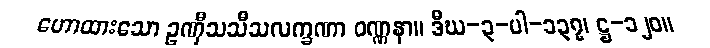
ဟောထားသော ဥဏှီသသီသလက္ခဏာ ဝဏ္ဏနာ။ ဒီဃ-၃-ပါ-၁၃၇၊ ဋ္ဌ-၁၂၀။